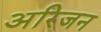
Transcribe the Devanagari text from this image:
अरिजन